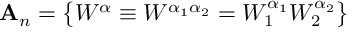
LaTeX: { \bf \cal A } _ { n } = \left\{ W ^ { \alpha } \equiv W ^ { \alpha _ { 1 } \alpha _ { 2 } } = W _ { 1 } ^ { \alpha _ { 1 } } W _ { 2 } ^ { \alpha _ { 2 } } \right\}